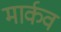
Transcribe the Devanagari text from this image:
मार्कव